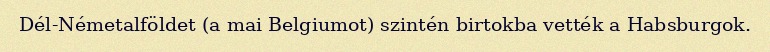
Dél-Németalföldet (a mai Belgiumot) szintén birtokba vették a Habsburgok.